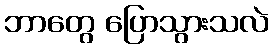
ဘာတွေ ပြောသွားသလဲ